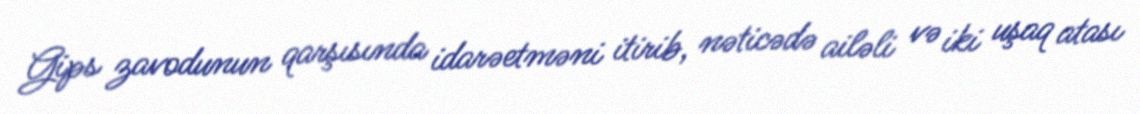
Gips zavodunun qarşısında idarəetməni itirib, nəticədə ailəli və iki uşaq atası